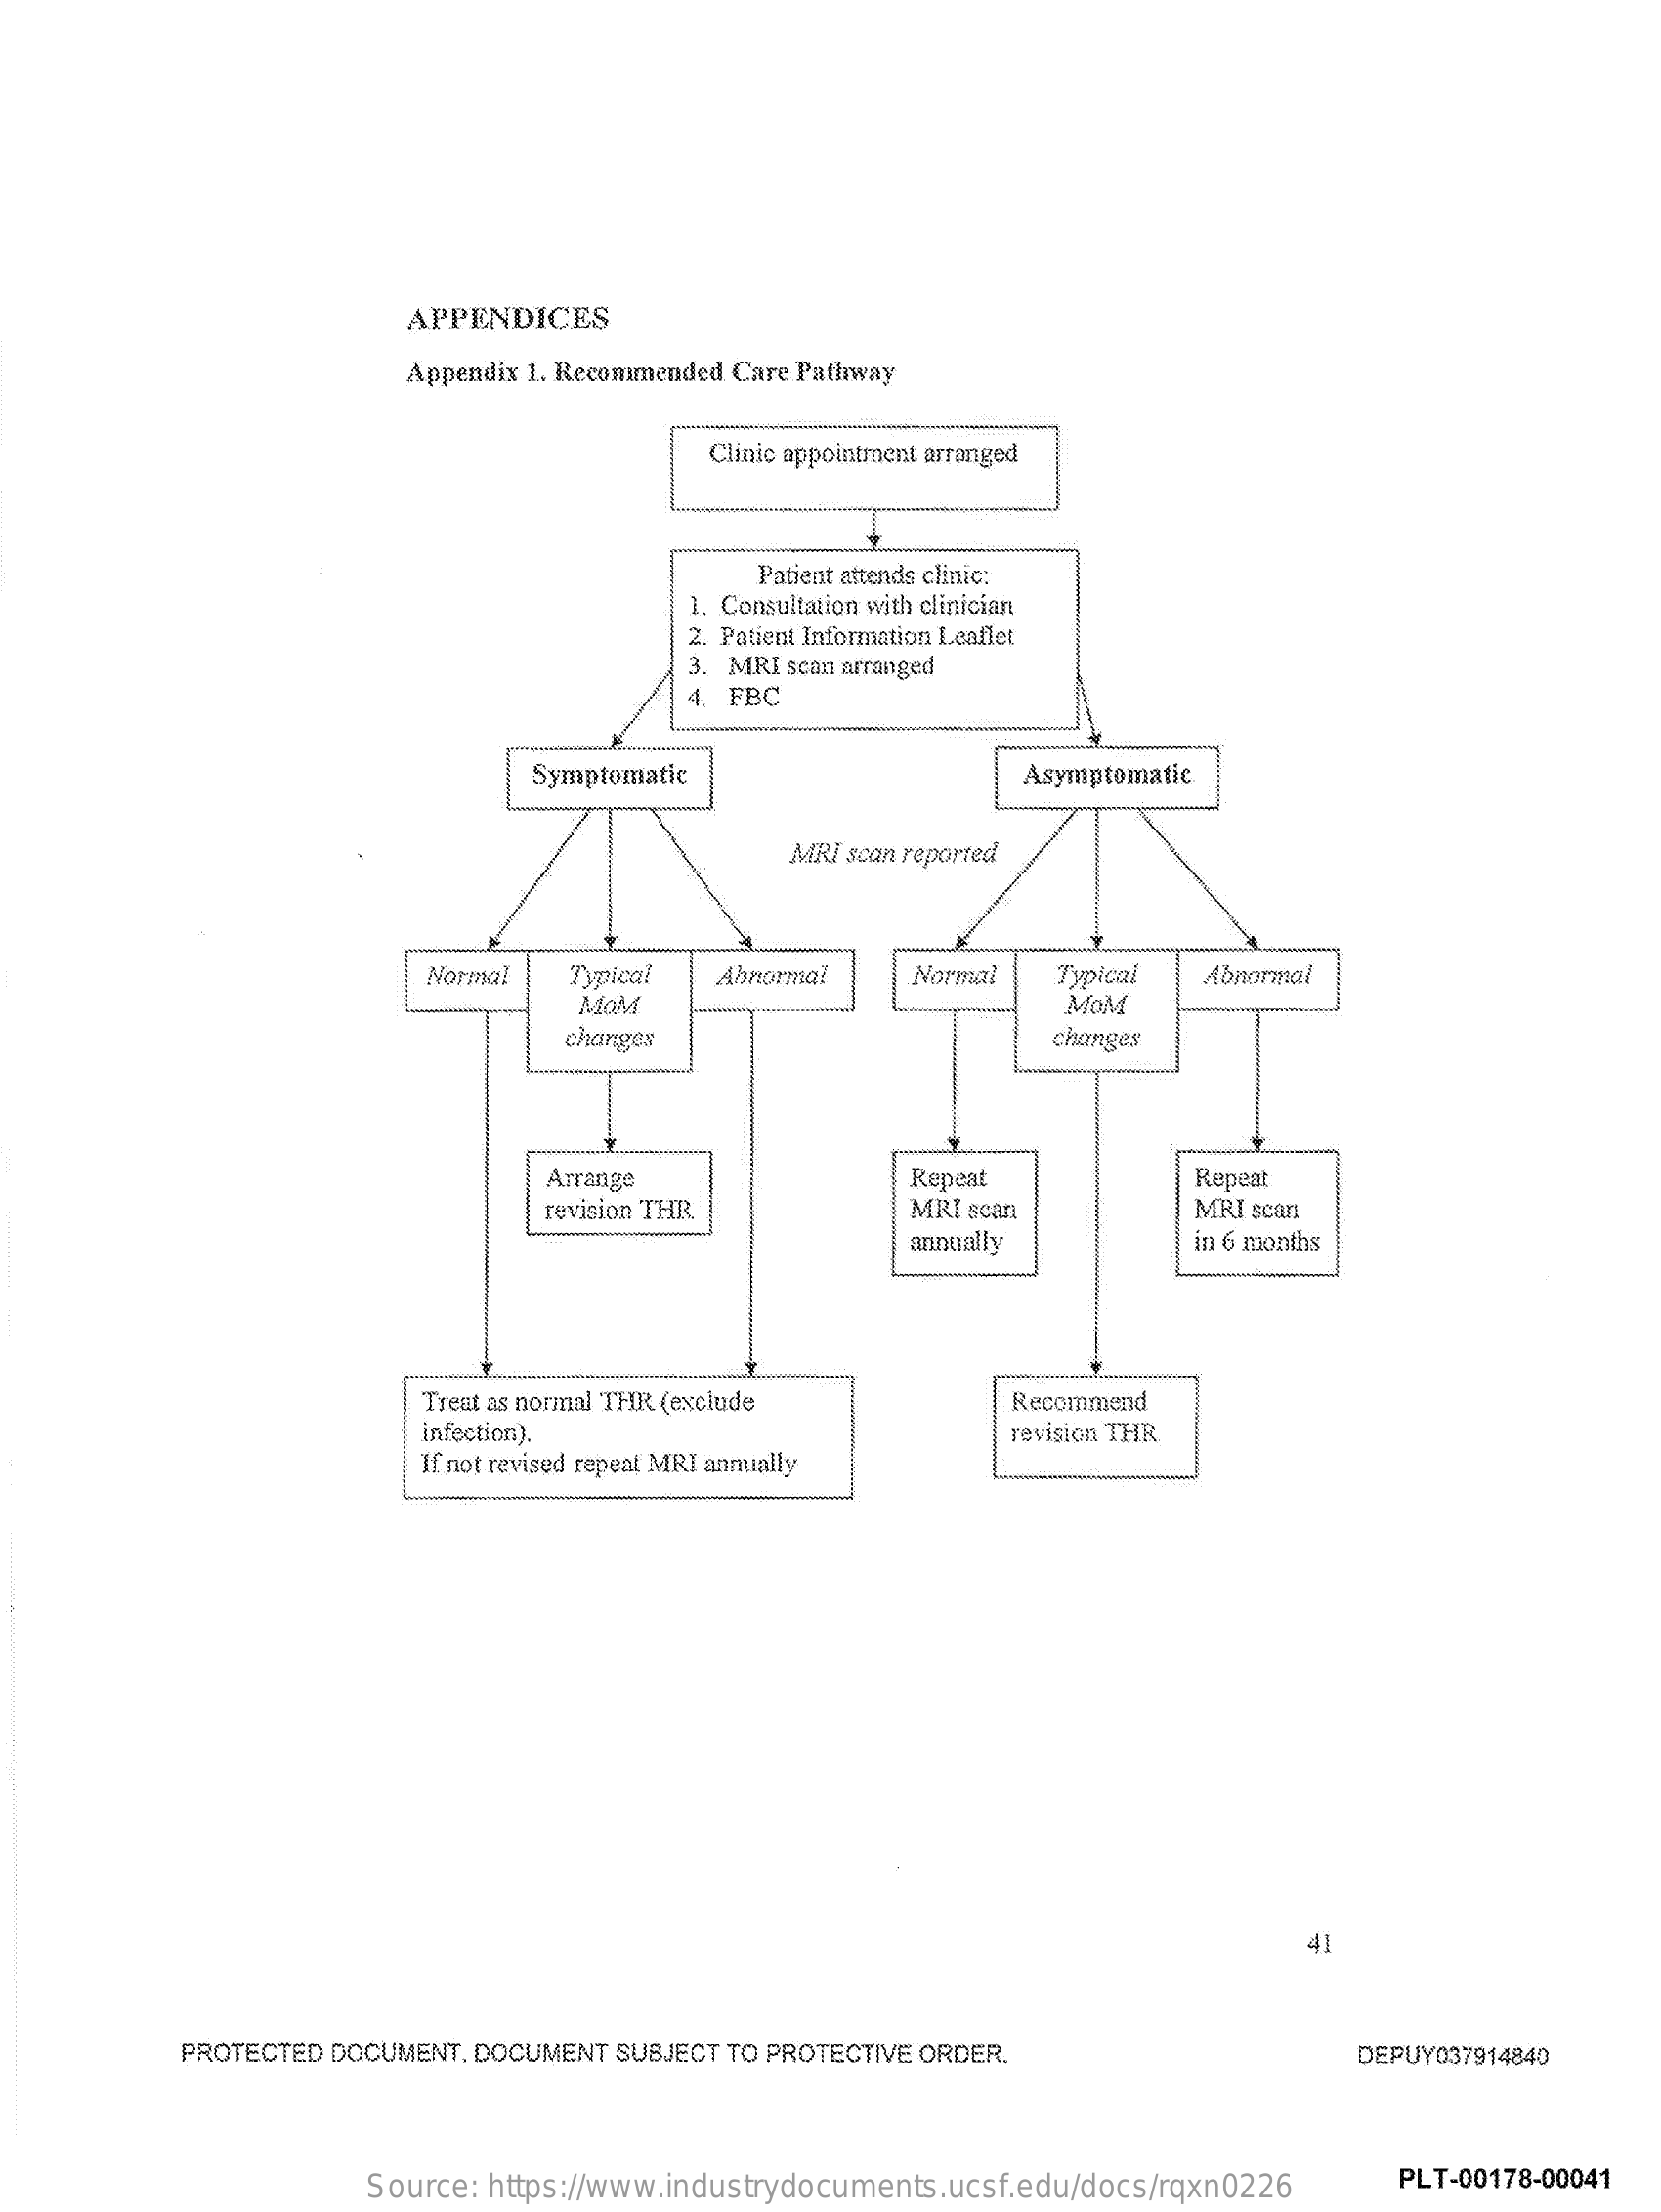
APPENDICES
     Appendix 1. Recommended Care Pathway
     Clinic appointment arranged
     Patient attends clinic
     1. Consultation with clinician
     2. Patient Information Leaflet
     3. MRI scan arranged
     4. FBC
     Symptomatic    Asymptomatic
     MRI scan reported
     Normal  Typical  Abnormal    Normal  Typical  Abnormal
     MoM    MOM
     changes    changes
     Arrange    Repeat    Repeat
     revision THR    MRI scan    MRI scan
     annually    in 6 months
     Treat as normal THR (exclude    Recommend
     infection).
     If not revised repeat MRI anmially
     revision THR.
     41
     PROTECTED DOCUMENT. DOCUMENT SUBJECT TO PROTECTIVE ORDER.    DEPUY037914840
     Source: https://www.industrydocuments.ucsf.edu/docs/rqxn0226 PLT-00178-00041